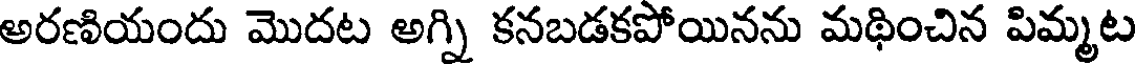
అరణియందు మొదట అగ్ని కనబడకపోయినను మథించిన పిమ్మట